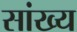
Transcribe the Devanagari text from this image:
सांख्‍य